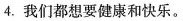
4.我们都想要健康和快乐。